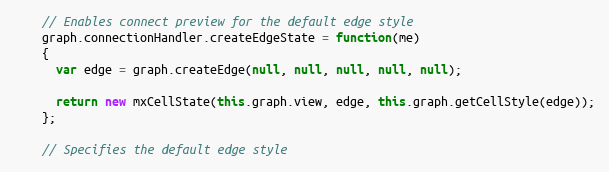
Language: JavaScript
    // Enables connect preview for the default edge style
    graph.connectionHandler.createEdgeState = function(me)
    {
      var edge = graph.createEdge(null, null, null, null, null);

      return new mxCellState(this.graph.view, edge, this.graph.getCellStyle(edge));
    };

    // Specifies the default edge style